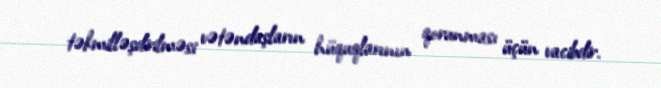
təkmilləşdirilməsi vətəndaşların hüquqlarının qorunması üçün vacibdir.